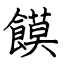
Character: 饃